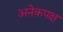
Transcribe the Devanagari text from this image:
अनेकपक्ष